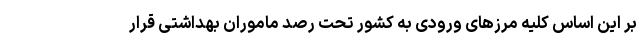
بر این اساس کلیه مرزهای ورودی به کشور تحت رصد ماموران بهداشتی قرار